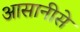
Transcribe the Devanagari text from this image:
आसानीसे